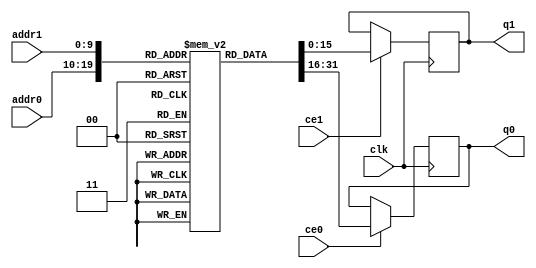
`define EXPONENT 5
`define MANTISSA 10
`define ACTUAL_MANTISSA 11
`define EXPONENT_LSB 10
`define EXPONENT_MSB 14
`define MANTISSA_LSB 0
`define MANTISSA_MSB 9
`define MANTISSA_MUL_SPLIT_LSB 3
`define MANTISSA_MUL_SPLIT_MSB 9
`define SIGN 1
`define SIGN_LOC 15
`define DWIDTH (`SIGN+`EXPONENT+`MANTISSA)
`define IEEE_COMPLIANCE 1

  module td_fused_top_tdf4_l2_filters_1_rom (
addr0, ce0, q0, addr1, ce1, q1, clk);

parameter DWIDTH = 16;
parameter AWIDTH = 10;
parameter MEM_SIZE = 1024;

input[AWIDTH-1:0] addr0;
input ce0;
output reg[DWIDTH-1:0] q0;
input[AWIDTH-1:0] addr1;
input ce1;
output reg[DWIDTH-1:0] q1;
input clk;

 reg [DWIDTH-1:0] ram[MEM_SIZE-1:0];

//initial begin
//    $readmemh("./td_fused_top_tdf4_l2_filters_1_rom.dat", ram);
//end



always @(posedge clk)  
begin 
    if (ce0) 
    begin
        q0 <= ram[addr0];
    end
end



always @(posedge clk)  
begin 
    if (ce1) 
    begin
        q1 <= ram[addr1];
    end
end



endmodule